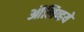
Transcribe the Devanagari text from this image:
ऑलिव्हये